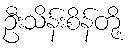
ဦးသိန်းစိန်တို့